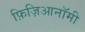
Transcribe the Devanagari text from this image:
फ़िज़िआनॉमी